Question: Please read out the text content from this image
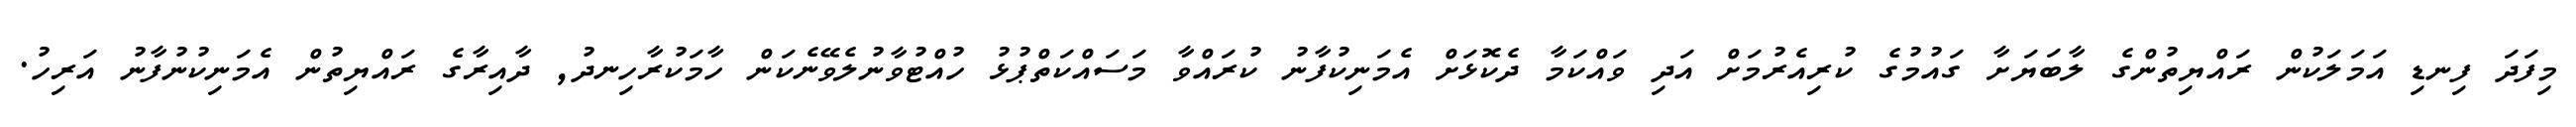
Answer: މިފަދަ ފިނޑި އަމަލަކުން ރައްޔިތުންގެ ލާބަޔަށާ ގައުމުގެ ކުރިއެރުމަށް އަދި ވައްކަމާ ދެކޮޅަށް އެމަނިކުފާނު ކުރައްވާ މަސައްކަތްޕުޅު ހުއްޓުވާނުލެވޭނެކަން ހާމަކުރާހިނދު, ދާއިރާގެ ރައްޔިތުން އެމަނިކުނުފާނު އަރިހު.